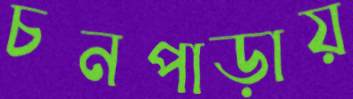
চনপাড়ায়